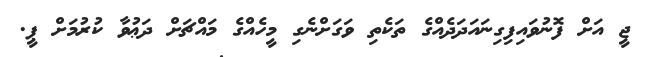
ޖީ އަށް ފޮނުވައިފިގިނައަދަދެއްގެ ތަކެތި ވަގަށްނެގި މީހެއްގެ މައްޗަށް ދަޢުވާ ކުރުމަށް ޕީ.